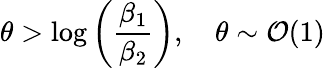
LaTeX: \theta>\log{\left(\frac{\beta_{1}}{\beta_{2}}\right)},\quad\theta\sim\mathcal{O}(1)